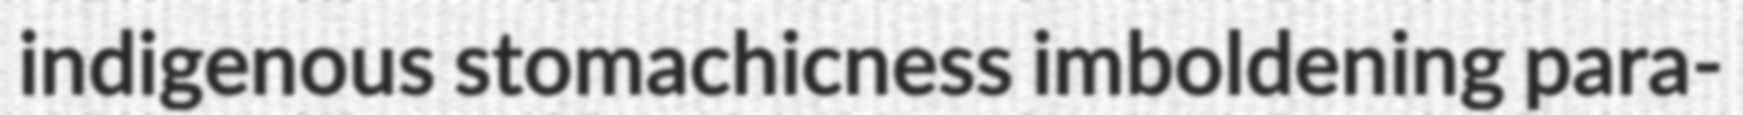
indigenous stomachicness imboldening para-